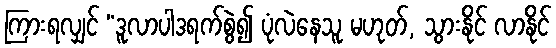
ကြားရလျှင် “ဒူလာပါဒရက်စွဲ၍ ပုံလဲနေသူ မဟုတ်, သွားနိုင် လာနိုင်